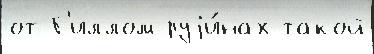
от Г'иллом руjи́нах такой